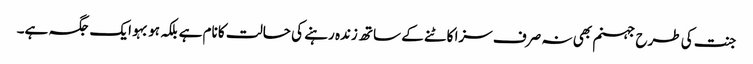
جنت کی طرح جہنم بھی نہ صرف سزا کاٹنے کے ساتھ زندہ رہنے کی حالت کا نام ہے بلکہ ہو بہو ایک جگہ ہے۔